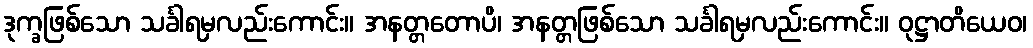
ဒုက္ခဖြစ်သော သင်္ခါရမှလည်းကောင်း။ အနတ္တတောပိ၊ အနတ္တဖြစ်သော သင်္ခါရမှလည်းကောင်း။ ဝုဋ္ဌာတိယေဝ၊